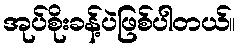
အုပ်စိုးခန့်ပဲဖြစ်ပါတယ်။